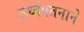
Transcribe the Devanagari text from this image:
ऊर्ध्वपतनाने